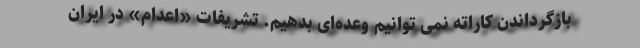
بازگرداندن کاراته نمی توانیم وعده‌ای بدهیم. تشریفات «اعدام» در ایران